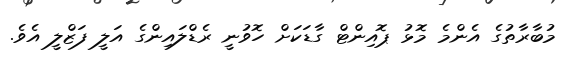
މުބާރާތުގެ އެންމެ މޮޅު ޕޮއިންޓް ގާޑަކަށް ހޮވުނީ ރެޑްލައިންގެ އަލީ ފަޒްލީ އެވެ.